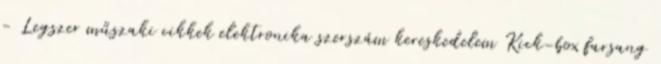
- Legszer műszaki cikkek elektronika szerszám kereskedelem Kick-box farsang